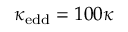
\kappa _ { \mathrm { e d d } } = 1 0 0 \kappa